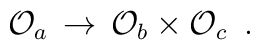
{\cal O}_a\, \rightarrow \,{\cal O}_b \times {\cal O}_c \,\,\, .